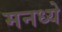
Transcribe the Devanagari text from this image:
मनध्ये